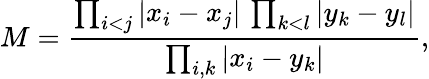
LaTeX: M=\frac{\prod_{i<j}\vert x_{i}-x_{j}\vert\, \prod_{k<l}\vert y_{k}-y_{l}\vert}{\prod_{i,k}\vert x_{i}-y_{k}\vert},